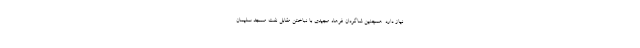
نیاز دارد. همچنین شاگردان فرهاد مجیدی با نباختن مقابل نفت مسجد سلیمان